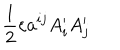
\frac { 1 } { 2 } \varepsilon a ^ { i j } A _ { i } ^ { \prime } A _ { j } ^ { \prime }